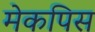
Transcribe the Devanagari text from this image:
मेकपिस